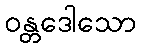
ဝန္တဒေါသော